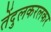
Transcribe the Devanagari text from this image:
तेंदुलकरलकर